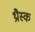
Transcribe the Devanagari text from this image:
थ्रौस्क